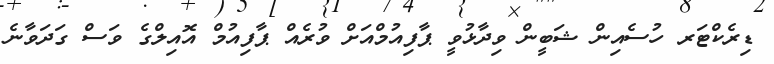
ޑިރެކްޓަރ ހުސެއިން ޝަބީން ވިދާޅުވީ ޕާފިއުމްއަށް ވުރެއް ޕާފިއުމް އޮއިލްގެ ވަސް ގަދަވާނެ